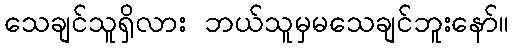
သေချင်သူရှိလား ဘယ်သူမှမသေချင်ဘူးနော်။